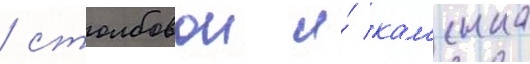
/ столбовои и́ кам'енка